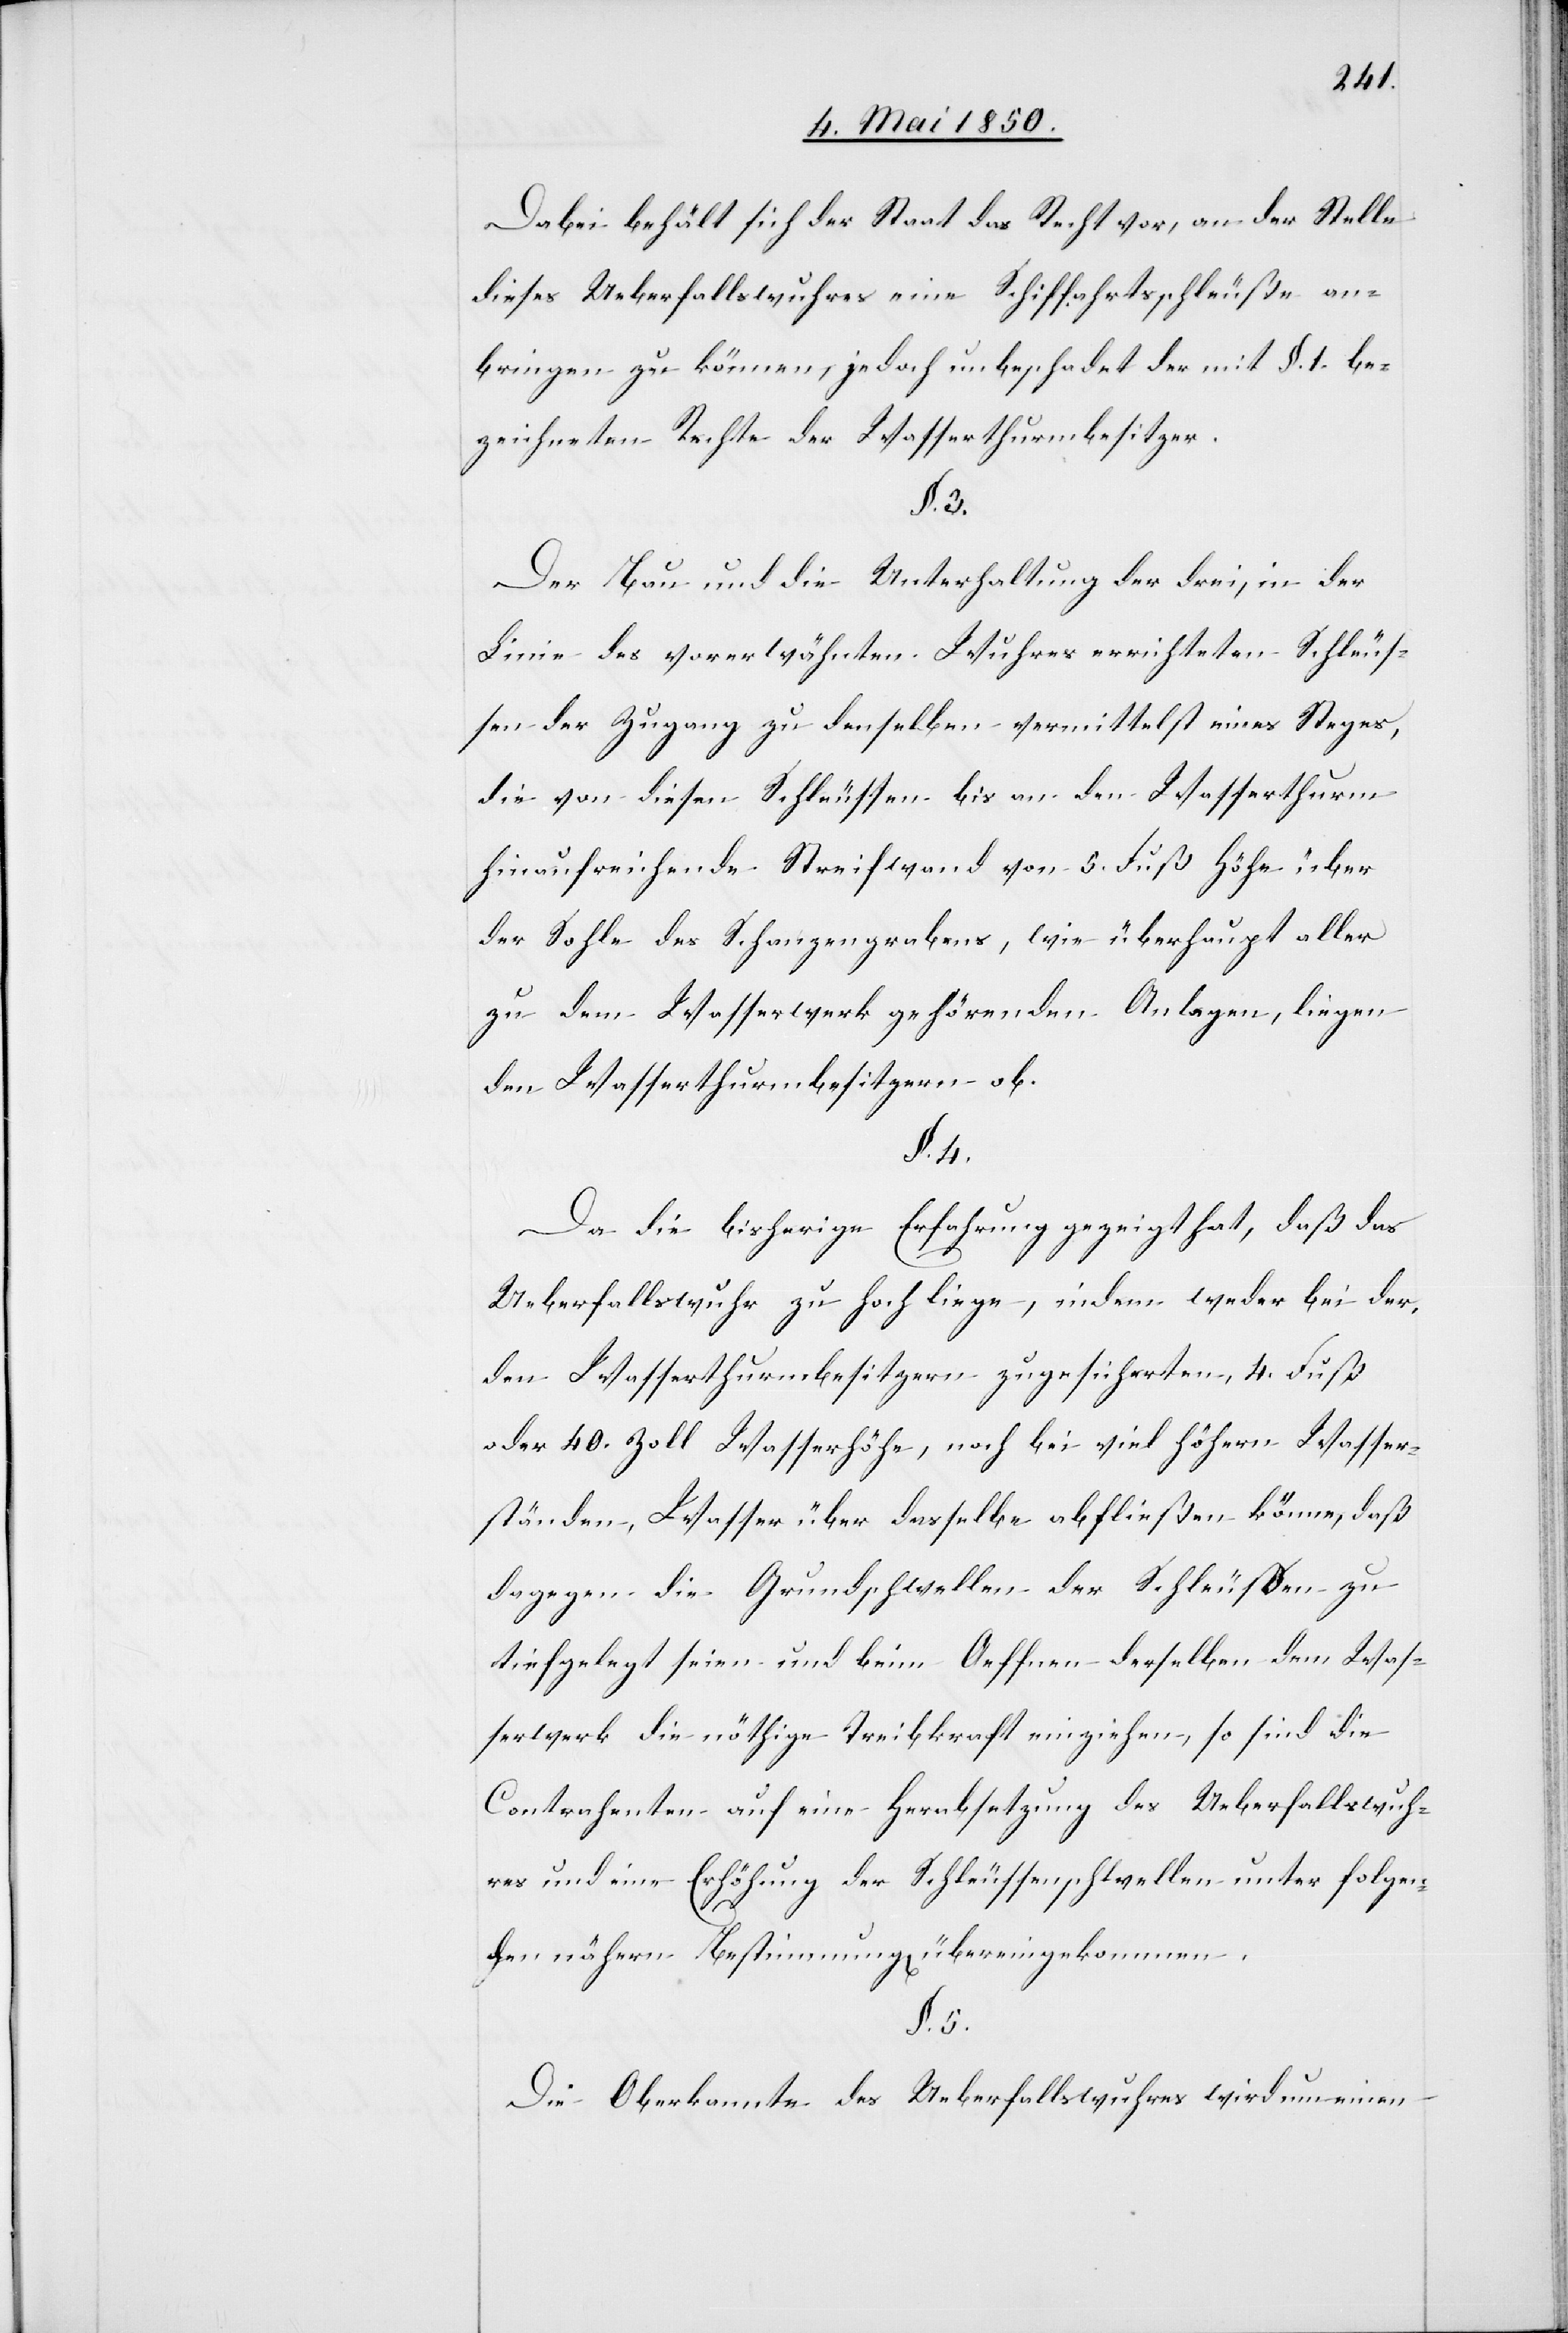
Dabei behält sich der Staat das Recht vor, an der Stelle
dieses Ueberfallswuhres eine Schiffahrtsschleuße an¬
bringen zu können, jedoch unbeschadet der mit §. 1. be¬
zeichneten Rechte der Wasserthurmbesitzer.
§. 3.
Der Bau und die Unterhaltung der drei, in der
Linie des vorerwähnten Wuhres errichteten Schleus¬
sen[,] der Zugang zu denselben vermittelst eines Steges,
die von diesen Schleussen bis an den Wasserthurm
hinaufreichende Streifwand von 5. Fuß Höhe über
der Sohle des Schanzengraben, wie überhaupt aller
zu dem Wasserwerk gehörenden Anlagen, liegen
den Wasserthurmbesitzern ob.
§. 4.
Da die bisherige Erfahrung gezeigt hat, daß das
Ueberfallswuhr zu hoch liege, indem weder bei der
den Wasserthurmbesitzern zugesicherten, 4. Fuß
oder 40. Zoll Wasserhöhe, noch bei viel höhern Wasser¬
ständen, Wasser über dasselbe abfließen könne, daß
dagegen die Grundschwellen der Schleussen zu
tief gelegt seien und beim Oeffnen derselben dem Was¬
serwerk die nöthige Treibkraft einziehen, so sind die
Contrahenten auf eine Herabsetzung des Ueberfallswuh¬
res und eine Erhöhung der Schleussenschwellen unter folgen¬
den nähern Bestimmung[en] übereingekommen.
§. 5.
Die Oberkannte des Ueberfallswuhres wird um einen